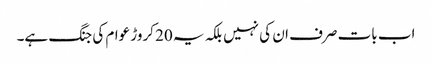
اب بات صرف ان کی نہیں بلکہ یہ 20 کروڑ عوام کی جنگ ہے۔